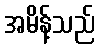
အမိန့်သည်